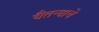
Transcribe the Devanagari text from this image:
चैतन्याचे